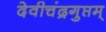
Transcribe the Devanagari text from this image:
देवीचंद्रगुप्तम्‌